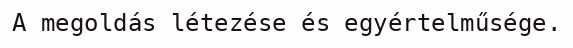
A megoldás létezése és egyértelműsége.